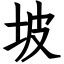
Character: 坡